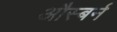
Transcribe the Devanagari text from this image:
औस्बर्न